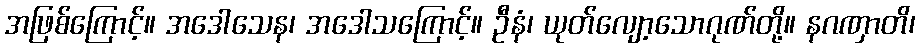
အဖြစ်ကြောင့်။ အဒေါသေန၊ အဒေါသကြောင့်။ ဦနံ၊ ယုတ်လျော့သောဂုဏ်တို့။ နဂဏှာတိ၊